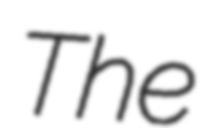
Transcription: The